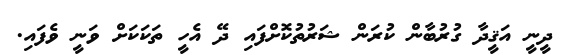
ދީނީ އަޤީދާ ގުރުބާން ކުރަން ޝަރުތުކޮށްފައި ދޭ އެހީ ތަކަކަށް ވަނީ ވެފައި.